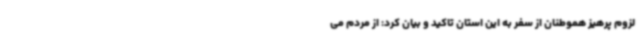
لزوم پرهیز هموطنان از سفر به این استان تاکید و بیان کرد: از مردم می